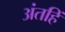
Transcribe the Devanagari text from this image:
अंतहिं